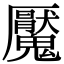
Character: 魘